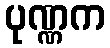
ပုဏ္ဏက